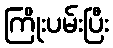
ကြိုးပမ်းပြီး